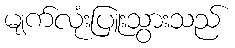
မျက်လုံးပြူးသွားသည်